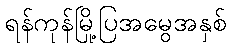
ရန်ကုန်မြို့ပြအမွေအနှစ်